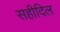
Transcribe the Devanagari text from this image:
सहीदिल